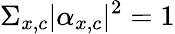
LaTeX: \Sigma_{x,c}|\alpha_{x,c}|^{2}=1